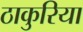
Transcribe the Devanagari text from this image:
ठाकुरिया